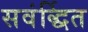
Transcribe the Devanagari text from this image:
सवंर्द्धित